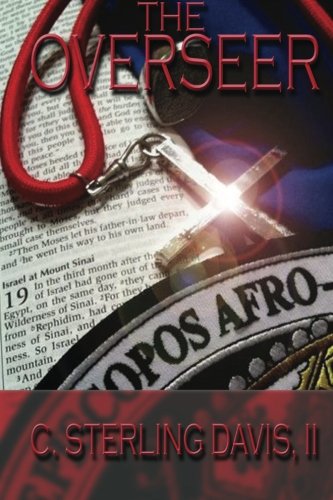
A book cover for The Overseer; C. Sterling Davis II; Christian Books & Bibles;